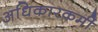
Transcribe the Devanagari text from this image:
अधिकारकर्मी